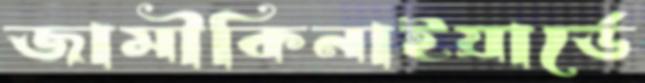
জামীকিনাইয়ার্ডে